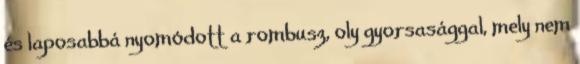
és laposabbá nyomódott a rombusz, oly gyorsasággal, mely nem